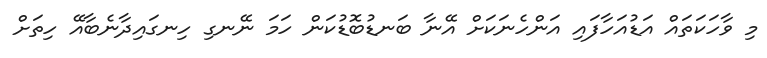
މި ވާހަކަތައް އަޑުއަހާފައި އަންހެނަކަށް އޭނާ ބަނޑުބޮޑުކަން ހަމަ ނޭނގި ހިނގައިދާނެބާއޭ ހިތަށް